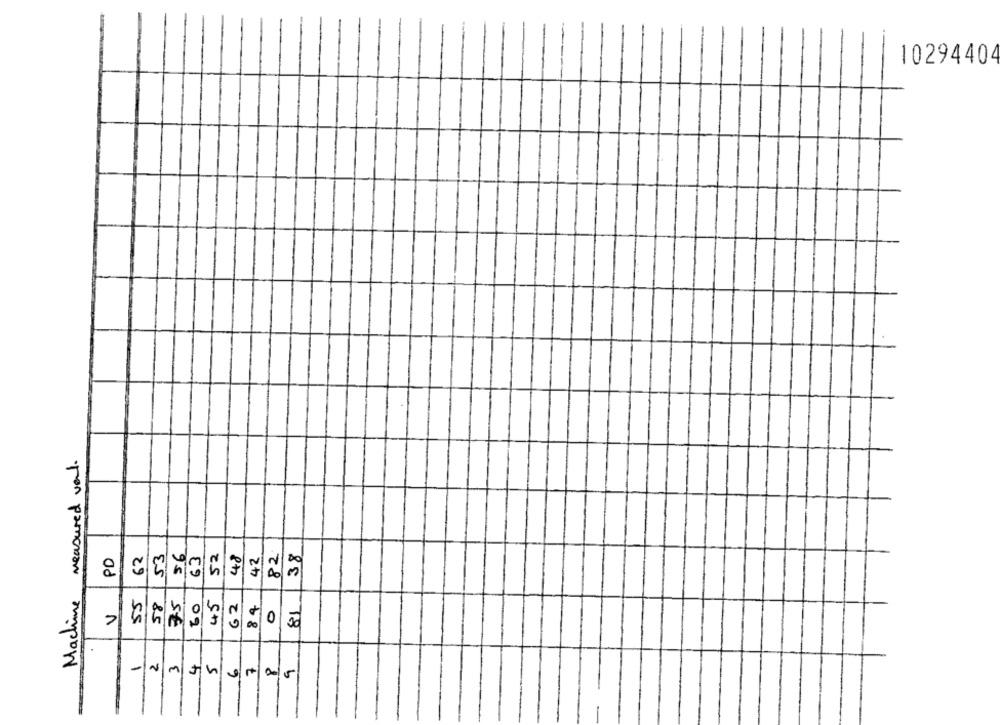
10294404
measured val.
PD
62
53
56
63
52
48
42
82
38
Machine
55
75
45
81.
58
60
62
84
V
0
-